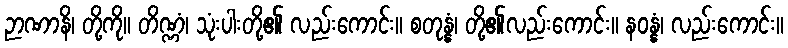
ဉာဏာနိ၊ တို့ကို။ တိဏ္ဏံ၊ သုံးပါးတို့၏ လည်းကောင်း။ စတုန္နံ၊ တို့၏လည်းကောင်း။ နဝန္နံ၊ လည်းကောင်း။